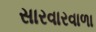
સારવારવાળા